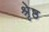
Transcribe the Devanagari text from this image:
श्रृेष्ठ